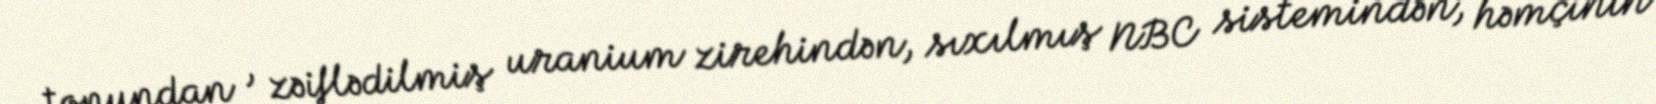
topundan , zəiflədilmiş uranium zirehindən, sıxılmış NBC sistemindən, həmçinin